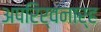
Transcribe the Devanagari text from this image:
अपरिर्वनार्ह